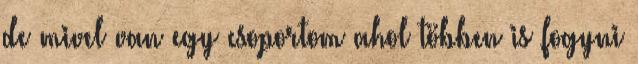
de mivel van egy csoportom ahol többen is fogyni